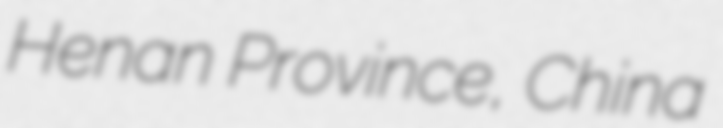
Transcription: Henan Province, China